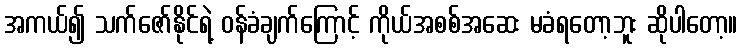
အကယ်၍ သက်ဇော်နိုင်ရဲ့ ဝန်ခံချက်ကြောင့် ကိုယ်အစစ်အဆေး မခံရတော့ဘူး ဆိုပါတော့။